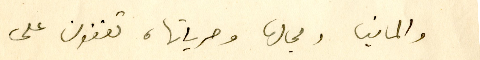
والمانيا ومجالها وحرياتها، تقفون على